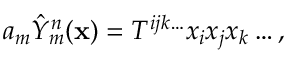
\begin{array} { r } { a _ { m } \hat { Y } _ { m } ^ { n } ( \mathbf { x } ) = T ^ { i j k \ldots } x _ { i } x _ { j } x _ { k } \ldots , } \end{array}